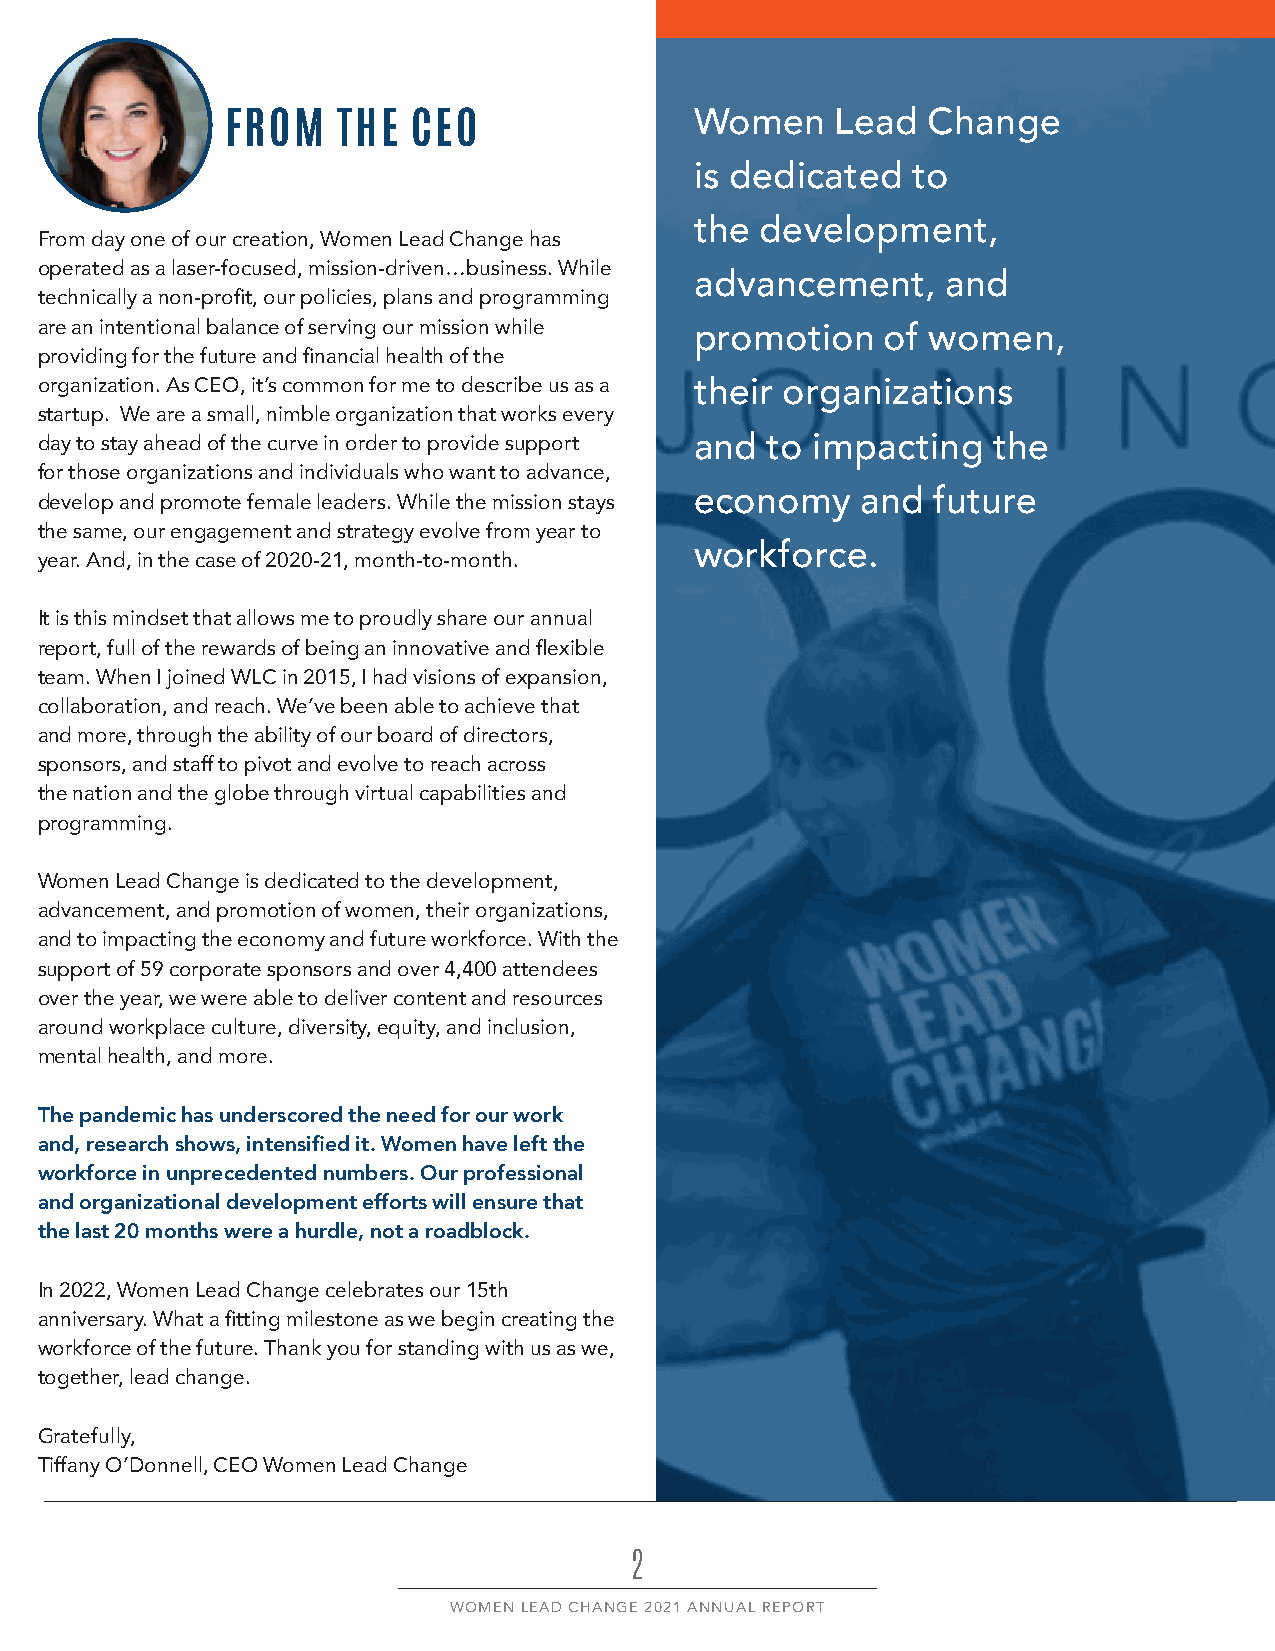
Women    Lead  Change
 FROM   THE  CEO
 is dedicated  to
 the development,
 From day one of our creation, Women Lead Change has
 operated as a laser-focused, mission-driven…business. While
 advancement,     and
 technically a non-profit, our policies, plans and programming
 are an intentional balance of serving our mission while
 promotion    of women,
 providing for the future and financial health of the
 organization. As CEO, it’s common for me to describe us as a their organizations
 startup. We are a small, nimble organization that works every
 day to stay ahead of the curve in order to provide support and to impacting the
 for those organizations and individuals who want to advance,
 develop and promote female leaders. While the mission stays economy and future
 the same, our engagement and strategy evolve from year to
 workforce.
 year. And, in the case of 2020-21, month-to-month.
 It is this mindset that allows me to proudly share our annual
 report, full of the rewards of being an innovative and flexible
 team. When I joined WLC in 2015, I had visions of expansion,
 collaboration, and reach. We’ve been able to achieve that
 and more, through the ability of our board of directors,
 sponsors, and staff to pivot and evolve to reach across
 the nation and the globe through virtual capabilities and
 programming.
 Women Lead Change is dedicated to the development,
 advancement, and promotion of women, their organizations,
 and to impacting the economy and future workforce. With the
 support of 59 corporate sponsors and over 4,400 attendees
 over the year, we were able to deliver content and resources
 around workplace culture, diversity, equity, and inclusion,
 mental health, and more.
 The pandemic has underscored the need for our work
 and, research shows, intensified it. Women have left the
 workforce in unprecedented numbers. Our professional
 and organizational development efforts will ensure that
 the last 20 months were a hurdle, not a roadblock.
 In 2022, Women Lead Change celebrates our 15th
 anniversary. What a fitting milestone as we begin creating the
 workforce of the future. Thank you for standing with us as we,
 together, lead change.
 Gratefully,
 Tiffany O’Donnell, CEO Women Lead Change
 2
 WOMEN LEAD CHANGE 2021 ANNUAL REPORT